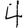
Digit: 4